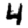
Digit: 4